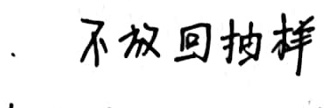
. 不放回抽样